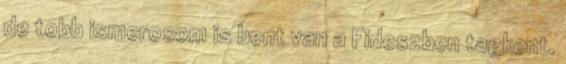
de tobb ismerosom is bent van a Fideszben tagkent.